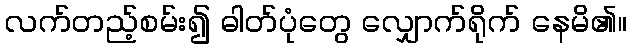
လက်တည့်စမ်း၍ ဓါတ်ပုံတွေ လျှောက်ရိုက် နေမိ၏။